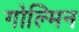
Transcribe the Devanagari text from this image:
गोल्मिन